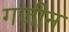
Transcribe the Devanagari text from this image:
गज़ीन